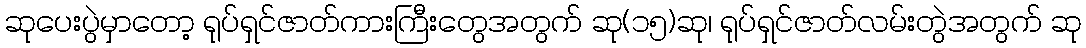
ဆုပေးပွဲမှာတော့ ရုပ်ရှင်ဇာတ်ကားကြီးတွေအတွက် ဆု(၁၅)ဆု၊ ရုပ်ရှင်ဇာတ်လမ်းတွဲအတွက် ဆု